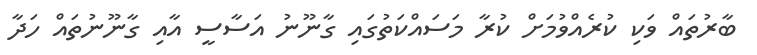
ބާރުތައް ވަކި ކުރެއްވުމަށް ކުރާ މަސައްކަތުގައި ގާނޫނު އަސާސީ އާއި ގާނޫނުތައް ހަދާ